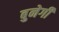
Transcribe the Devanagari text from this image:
बुनेगी